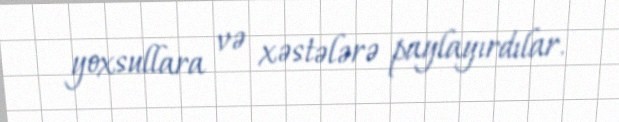
yoxsullara və xəstələrə paylayırdılar.